Annual administration report of the Civil Veterinary Department of India - 1899-1900
Year: 1899
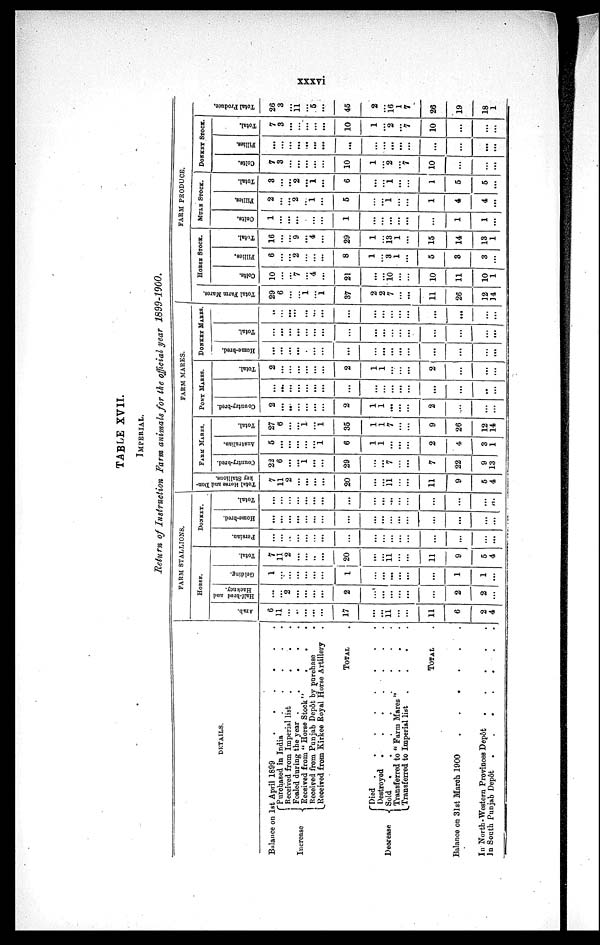
xxxvi
TABLE XVII.
IMPERIAL.
Return of Instruction Farm animals for the official year 1899-1900.
DETAILS.
Balance on 1st April 1899
.
.
.
.
.
.
Increase
Decrease
Purchased in India
.
.
.
.
.
Received from Imperial list
.
.
.
.
Foaled during the year . . . . . . . .
Received
from "Horse Stock"
Received from Punjab Depôt by purchase
Received from Kirkee Royal Horse Artillery
TOTAL .
Died . . . . . .
Destroyed
.
.
.
.
.
.
.
Sold
.
.
.
.
.
.
.
.
Transferred to "Farm Mares"
.
.
.
Transferred to Imperial list
.
.
.
.
TOTAL .
Balance on 31st March 1900 . . . . . . .
In North-Western Provinces Depôt
.
.
.
.
In South Punjab Depôt .
.
.
.
.
.
FARM STALLIONS.
HORSE.
Arab.
6
11
...
. .
...
...
...
17
...
...
11
...
...
11
6
2
4
Half-bred and
Hackney.
...
...
2
...
...
...
...
2
...
...
...
...
...
...
2
2
...
Gelding.
1
...
...
...
...
...
...
1
...
...
...
...
...
...
1
1
...
Total.
7
11
2
...
...
..
...
20
...
...
11
...
...
11
9
5
4
DONKEY.
Persian.
...
...
...
...
...
...
...
...
...
...
...
...
...
...
...
...
...
Home-bred.
...
...
...
...
...
...
...
...
...
...
...
...
...
...
...
...
...
Total.
...
...
......
...
...
...
...
...
...
...
...
...
...
...
...
...
...
FARM MARES.
Total Horse and Don-
key
Stallions.
7
11
2
...
...
...
...
20
...
...
11
...
...
11
9
5
4
FARM MARES.
Country-bred.
22
6
...
...
1
...
...
29
...
...
7
...
...
7
22
9
13
Australian.
5
...
...
...
...
...
1
6
1
1
...
...
...
2
4
3
1
Total.
27
6
...
...
1
...
1
35
1
1
7
...
...
9
26
12
14
PONY MARES.
Country-bred.
2
...
...
...
...
...
...
2
1
1
...
...
...
2
....
...
...
...
...
...
...
...
...
...
...
...
...
...
...
...
...
...
...
...
Total.
2
...
...
...
...
...
...
2
1
1
...
...
...
2
...
...
...
DONKEY MARES.
Home-bred.
...
...
...
...
...
...
...
...
...
...
...
...
...
...
...
...
Total.
...
...
...
...
...
...
...
...
...
...
...
...
...
...
...
...
..
...
...
...
...
...
...
...
...
...
...
...
...
...
...
...
FARM PRODUCE.
Total Farm MarEs.
29
6
...
1
...
1
37
2
2
7
...
...
11
26
12
14
HORSE STOCK.
Colts.
10
...
...
7
...
4
...
21
...
...
10
...
...
10
11
10
1
Fillies.
6
...
...
2
...
...
...
8
1
...
3
1
...
5
3
3
...
Total.
16
...
...
9
...
4
...
29
1
13
1
...
15
14
13
1
MULE STOCK.
Colts,
1
...
...
...
...
...
...
1
...
...
...
...
...
...
1
1
...
Fillies.
2
...
...
2
.. . . .
1
...
5
...
...
1
...
...
1
4
4
...
Total.
3
...
...
2
...
1
...
6
...
...
1
...
...
1
5
5
...
DONKEY STOCK.
Colts.
7
3
...
...
...
...
...
20
1
2
...
7
10
...
...
...
Fillies.
...
...
...
...
...
...
...
...
...
...
...
...
...
...
...
...
...
Total.
7
3
...
...
...
...
...
10
1
...
2
...
7
10
...
...
...
Tot al Pr oduce.
26
3
...
11
...
5
...
45
2
...
16
1
7
26
19
18
1